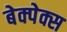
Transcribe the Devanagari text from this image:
बेक्पेक्स